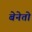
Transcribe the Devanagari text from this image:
बेनेतो